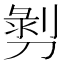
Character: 𭄄